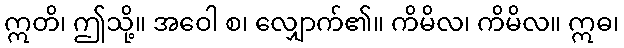
ဣတိ၊ ဤသို့။ အဝေါ စ၊ လျှောက်၏။ ကိမိလ၊ ကိမိလ။ ဣဓ၊